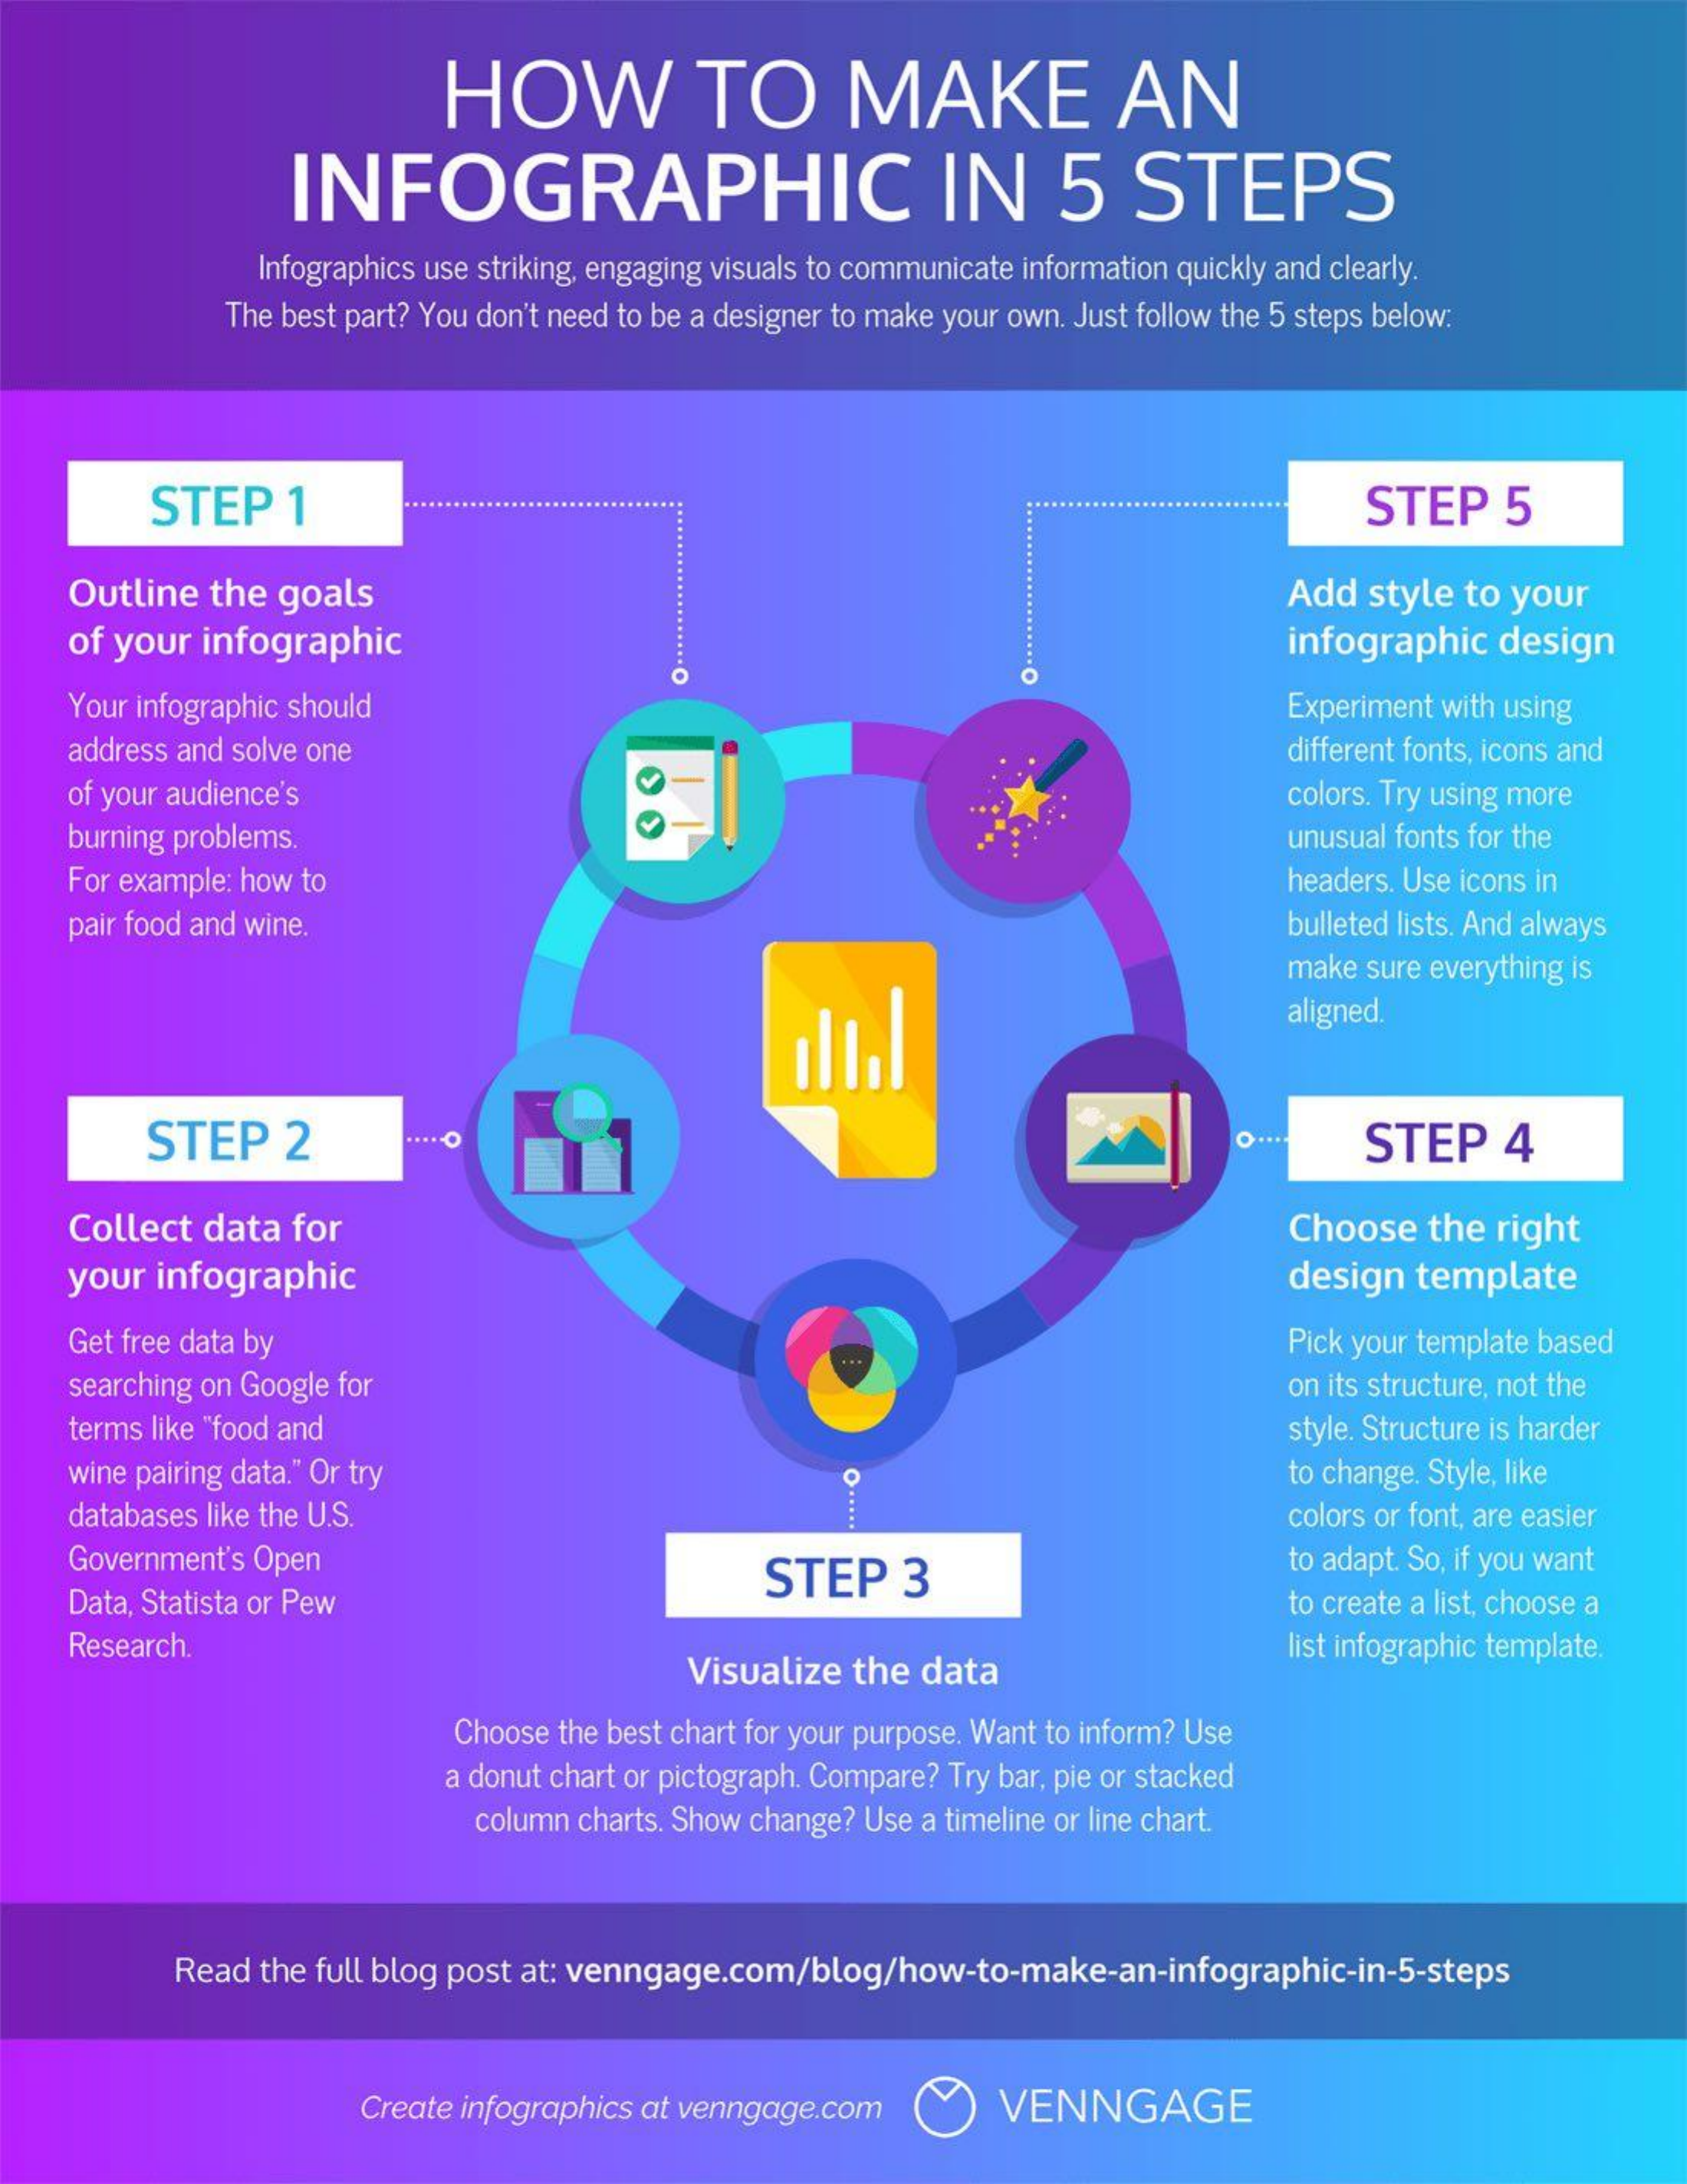
HOW    TO    MAKE    AN
     INFOGRAPHIC    IN    5    STEPS
     Infographics use striking, engaging visuals to communicate information quickly and clearly.
     The best part? You don't need to be a designer to make your own. Just follow the 5 steps below:
     STEP    1    ......    .......  STEP    5
     .................... ................. Outline the goals Add style to your
     of your  infographic    infographic   design
     Your infographic should    Experiment with using
     address and solve one    different fonts, icons and
     of your audience's    colors. Try using more
     burning problems.    unusual fonts for the
     For example: how to    headers. Use icons in
     pair food and wine.    bulleted lists. And always
     make sure everything is
     aligned.
     STEP    2    ..... O    STEP    4
     Collect  data  for    Choose   the  right
     your  infographic    design  template
     Get free data by    Pick your template based
     searching on Google for    on its structure, not the
     terms like "food and    style. Structure is harder
     wine pairing data." Or try    to change. Style, like
     ..... databases like the U.S.  colors or font, are easier
     Government's Open
     Data, Statista or Pew
     STEP    3
     to adapt. So, if you want
     to create a list, choose a
     Research.
     Visualize  the  data
     list infographic template.
     Choose the best chart for your purpose. Want to inform? Use
     a donut chart or pictograph. Compare? Try bar, pie or stacked
     column charts. Show change? Use a timeline or line chart.
     Read  the full blog post at: venngage.com/blog/how-to-make-an-infographic-in-5-steps
     Create infographics at venngage.com    VENNGAGE